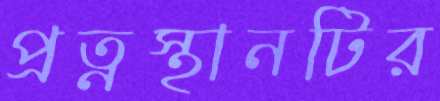
প্রত্নস্থানটির